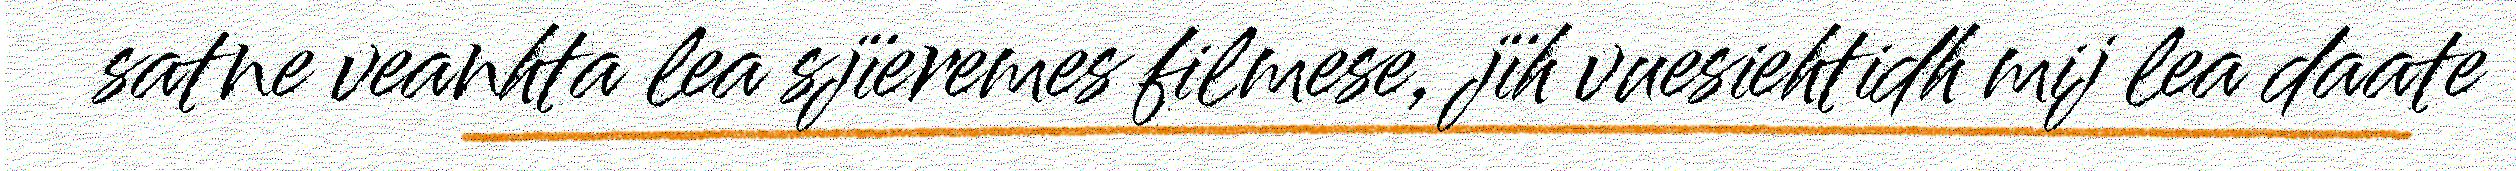
satne veanhta lea sjïeremes filmese, jïh vuesiehtidh mij lea daate